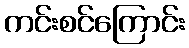
ကင်းစင်ကြောင်း